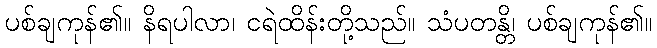
ပစ်ချကုန်၏။ နိရပါလာ၊ ငရဲထိန်းတို့သည်။ သံပတန္တိ၊ ပစ်ချကုန်၏။